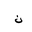
Letter: _non